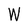
Character: W